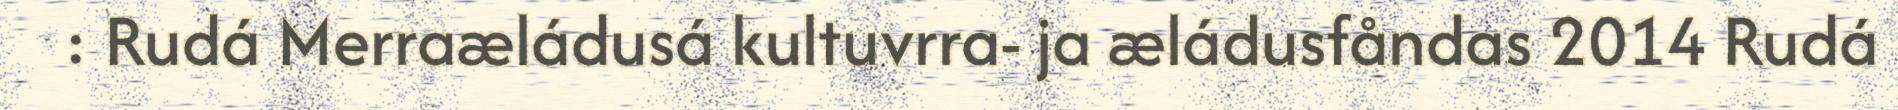
: Rudá Merraæládusá kultuvrra- ja æládusfåndas 2014 Rudá